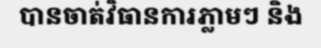
បានចាត់វិធានការភ្លាមៗ និង